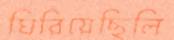
ঘিরিয়েছিলি